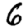
Digit: 6